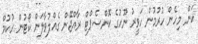
ކަން މިހެން ހުރުމުން ހަވީރު ނޫހުގެ ކޮންސެޕްޓް ރާއްޖޭން ގެއްލުވާލަން ކޯޓުން ހުކުމް